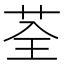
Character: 荃